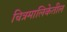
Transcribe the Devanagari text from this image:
चित्रमालिकेतील